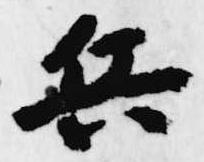
兵